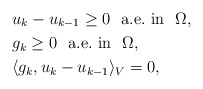
\begin{align*}&u_k - u_{k-1} \geq 0 \ \mbox{ a.e.~in } \ \Omega,\\&g_k \geq 0 \ \mbox{ a.e.~in } \ \Omega,&\\&\langle g_k, u_k-u_{k-1} \rangle_V =0,&\end{align*}